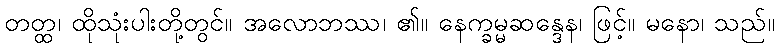
တတ္ထ၊ ထိုသုံးပါးတို့တွင်။ အလောဘဿ၊ ၏။ နေက္ခမ္မဆန္ဒေန၊ ဖြင့်။ မနော၊ သည်။